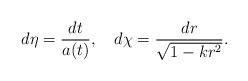
LaTeX: \begin{align*}d\eta = {dt\over a(t)},~~~d\chi = {dr\over\sqrt{1-kr^2}}.\end{align*}